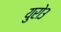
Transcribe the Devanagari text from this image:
युरो३